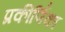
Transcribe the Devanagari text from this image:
प्रकीर्णिका